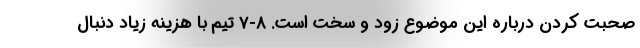
صحبت کردن درباره این موضوع زود و سخت است. 8-7 تیم با هزینه زیاد دنبال